Physiological action of certain drugs in tablet form - Number 52A
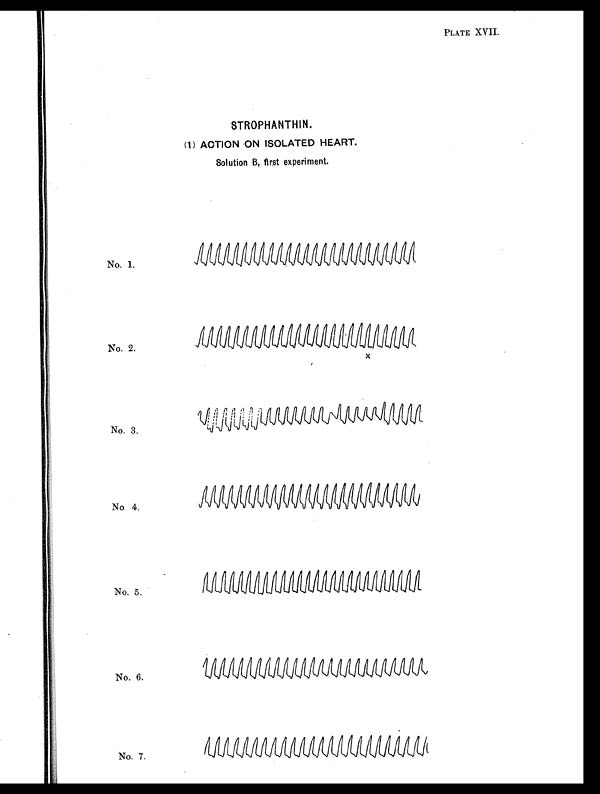
PLATE XVII.
STROPHANTHIN.
(1) ACTION ON ISOLATED HEART.
Solution B, first experiment.
No. 1.
No. 2.
x
No. 3.
No. 4.
No. 5.
No. 6.
No. 7.